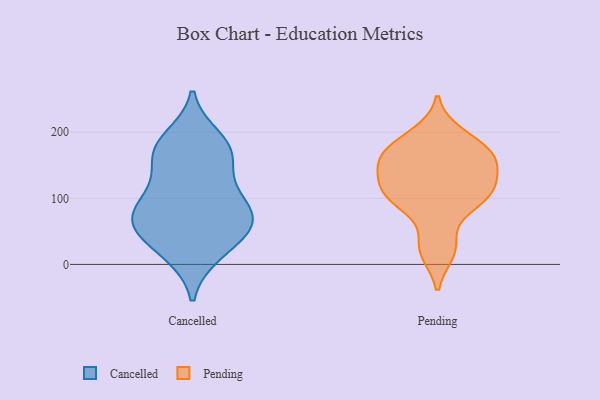
{"axis": {"x": "Website Visitors", "y": "Value"}, "legend": ["Cancelled", "Pending"], "data": [{"x": "", "y": 181, "type": "Cancelled"}, {"x": "", "y": 191, "type": "Cancelled"}, {"x": "", "y": 63, "type": "Cancelled"}, {"x": "", "y": 64, "type": "Cancelled"}, {"x": "", "y": 48, "type": "Cancelled"}, {"x": "", "y": 71, "type": "Cancelled"}, {"x": "", "y": 63, "type": "Cancelled"}, {"x": "", "y": 99, "type": "Cancelled"}, {"x": "", "y": 105, "type": "Cancelled"}, {"x": "", "y": 18, "type": "Cancelled"}, {"x": "", "y": 164, "type": "Cancelled"}, {"x": "", "y": 64, "type": "Cancelled"}, {"x": "", "y": 160, "type": "Cancelled"}, {"x": "", "y": 16, "type": "Cancelled"}, {"x": "", "y": 113, "type": "Cancelled"}, {"x": "", "y": 170, "type": "Cancelled"}, {"x": "", "y": 178, "type": "Pending"}, {"x": "", "y": 197, "type": "Pending"}, {"x": "", "y": 160, "type": "Pending"}, {"x": "", "y": 136, "type": "Pending"}, {"x": "", "y": 107, "type": "Pending"}, {"x": "", "y": 91, "type": "Pending"}, {"x": "", "y": 174, "type": "Pending"}, {"x": "", "y": 29, "type": "Pending"}, {"x": "", "y": 98, "type": "Pending"}, {"x": "", "y": 156, "type": "Pending"}, {"x": "", "y": 117, "type": "Pending"}, {"x": "", "y": 108, "type": "Pending"}, {"x": "", "y": 154, "type": "Pending"}, {"x": "", "y": 19, "type": "Pending"}]}